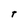
Character: T